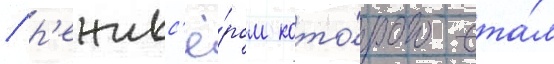
/ р'ежисс'ё́ром кото́рого ста́л